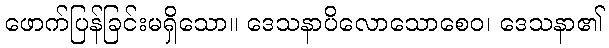
ဖောက်ပြန်ခြင်းမရှိသော။ ဒေသနာပိလောသောစေဝ၊ ဒေသနာ၏